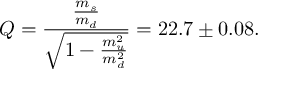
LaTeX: Q = { \frac { \frac { m _ { s } } { m _ { d } } } { \sqrt { 1 - { \frac { m _ { u } ^ { 2 } } { m _ { d } ^ { 2 } } } } } } = 2 2 . 7 \pm 0 . 0 8 .